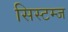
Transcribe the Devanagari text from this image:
सिस्टम्ज